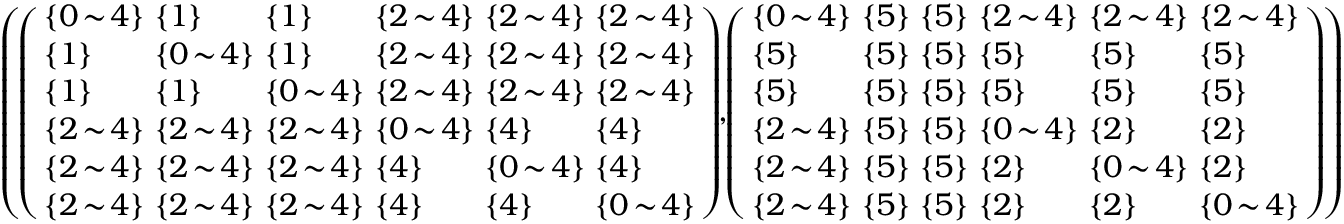
\begin{array} { r } { \left( \! \left( \begin{array} { l l l l l l } { \! \! \{ 0 \! \sim \! 4 \} \! \! } & { \! \! \{ 1 \} \! \! } & { \! \! \{ 1 \} \! \! } & { \! \! \{ 2 \! \sim \! 4 \} \! \! } & { \! \! \{ 2 \! \sim \! 4 \} \! \! } & { \! \! \{ 2 \! \sim \! 4 \} \! \! } \\ { \! \! \{ 1 \} \! \! } & { \! \! \{ 0 \! \sim \! 4 \} \! \! } & { \! \! \{ 1 \} \! \! } & { \! \! \{ 2 \! \sim \! 4 \} \! \! } & { \! \! \{ 2 \! \sim \! 4 \} \! \! } & { \! \! \{ 2 \! \sim \! 4 \} \! \! } \\ { \! \! \{ 1 \} \! \! } & { \! \! \{ 1 \} \! \! } & { \! \! \{ 0 \! \sim \! 4 \} \! \! } & { \! \! \{ 2 \! \sim \! 4 \} \! \! } & { \! \! \{ 2 \! \sim \! 4 \} \! \! } & { \! \! \{ 2 \! \sim \! 4 \} \! \! } \\ { \! \! \{ 2 \! \sim \! 4 \} \! \! } & { \! \! \{ 2 \! \sim \! 4 \} \! \! } & { \! \! \{ 2 \! \sim \! 4 \} \! \! } & { \! \! \{ 0 \! \sim \! 4 \} \! \! } & { \! \! \{ 4 \} \! \! } & { \! \! \{ 4 \} \! \! } \\ { \! \! \{ 2 \! \sim \! 4 \} \! \! } & { \! \! \{ 2 \! \sim \! 4 \} \! \! } & { \! \! \{ 2 \! \sim \! 4 \} \! \! } & { \! \! \{ 4 \} \! \! } & { \! \! \{ 0 \! \sim \! 4 \} \! \! } & { \! \! \{ 4 \} \! \! } \\ { \! \! \{ 2 \! \sim \! 4 \} \! \! } & { \! \! \{ 2 \! \sim \! 4 \} \! \! } & { \! \! \{ 2 \! \sim \! 4 \} \! \! } & { \! \! \{ 4 \} \! \! } & { \! \! \{ 4 \} \! \! } & { \! \! \{ 0 \! \sim \! 4 \} \! \! } \end{array} \right) \! \! , \! \! \left( \begin{array} { l l l l l l } { \! \! \{ 0 \! \sim \! 4 \} \! \! } & { \! \! \{ 5 \} \! \! } & { \! \! \{ 5 \} \! \! } & { \! \! \{ 2 \! \sim \! 4 \} \! \! } & { \! \! \{ 2 \! \sim \! 4 \} \! \! } & { \! \! \{ 2 \! \sim \! 4 \} \! \! } \\ { \! \! \{ 5 \} \! \! } & { \! \! \{ 5 \} \! \! } & { \! \! \{ 5 \} \! \! } & { \! \! \{ 5 \} \! \! } & { \! \! \{ 5 \} \! \! } & { \! \! \{ 5 \} \! \! } \\ { \! \! \{ 5 \} \! \! } & { \! \! \{ 5 \} \! \! } & { \! \! \{ 5 \} \! \! } & { \! \! \{ 5 \} \! \! } & { \! \! \{ 5 \} \! \! } & { \! \! \{ 5 \} \! \! } \\ { \! \! \{ 2 \! \sim \! 4 \} \! \! } & { \! \! \{ 5 \} \! \! } & { \! \! \{ 5 \} \! \! } & { \! \! \{ 0 \! \sim \! 4 \} \! \! } & { \! \! \{ 2 \} \! \! } & { \! \! \{ 2 \} \! \! } \\ { \! \! \{ 2 \! \sim \! 4 \} \! \! } & { \! \! \{ 5 \} \! \! } & { \! \! \{ 5 \} \! \! } & { \! \! \{ 2 \} \! \! } & { \! \! \{ 0 \! \sim \! 4 \} \! \! } & { \! \! \{ 2 \} \! \! } \\ { \! \! \{ 2 \! \sim \! 4 \} \! \! } & { \! \! \{ 5 \} \! \! } & { \! \! \{ 5 \} \! \! } & { \! \! \{ 2 \} \! \! } & { \! \! \{ 2 \} \! \! } & { \! \! \{ 0 \! \sim \! 4 \} \! \! } \end{array} \right) \! \right) } \end{array}